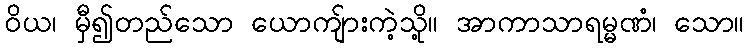
ဝိယ၊ မှီ၍တည်သော ယောကျ်ားကဲ့သို့။ အာကာသာရမ္မဏံ၊ သော။